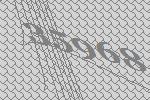
35968